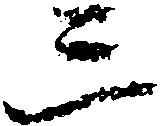
三